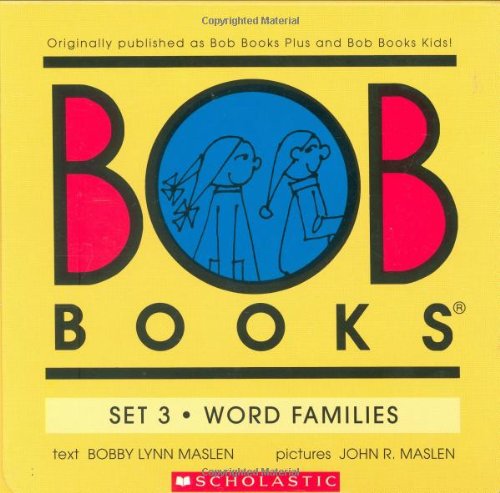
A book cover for Bob Books Set 3- Word Families; Bobby Lynn Maslen; Children's Books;